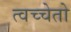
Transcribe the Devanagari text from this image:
त्वच्चेतो